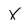
Character: X